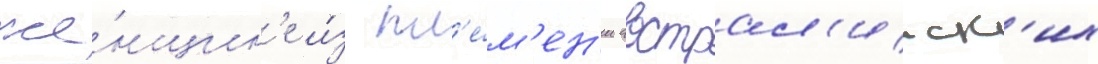
же́нщин'е и́з пл'е́м'ен'и австрал'ииск'их